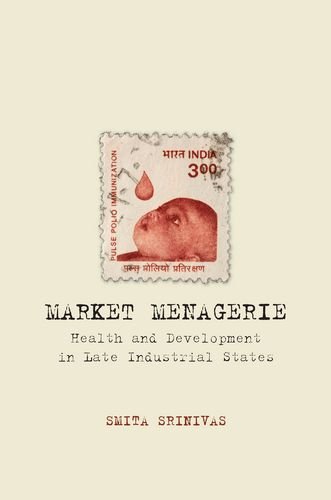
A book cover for Market Menagerie: Health and Development in Late Industrial States; Smita Srinivas; Business & Money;